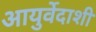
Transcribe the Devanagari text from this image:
आयुर्वेदाशी